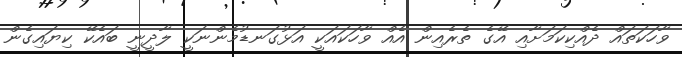
ވާހަކަތައް ދެއްކިކަމަށާއި އޭގެ ތެރެއިން އެއް ވާހަކައަކީ އަޅުގަނޑުމެންނަކީ ލާދީނީ ބައެކޭ ކިޔައިގެން